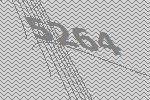
5264